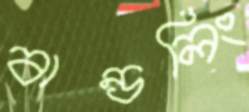
বান্ডলিং